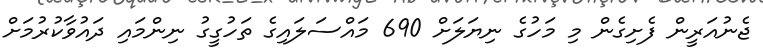
ޖެނުއަރީން ފެށިގެން މި މަހުގެ ނިޔަލަށް 690 މައްސަލައިގެ ތަހުގީގު ނިންމައި ދައުވާކުރުމަށް